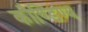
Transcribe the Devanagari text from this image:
कौण्डिण्य